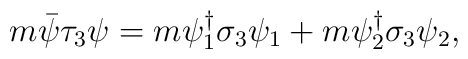
m\bar{\psi}\tau_3 \psi=m\psi_{1}^{\dagger}\sigma_3 \psi_{1}  +m\psi_{2}^{\dagger}\sigma_3 \psi_{2},